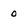
Character: 0